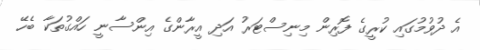
އެ ދުވުމުގައި ކުރީގެ ފޮރިން މިނިސްޓަރު އަދި އީރާންގެ އިންސާނީ ހައްގުތަކާ ބެހޭ